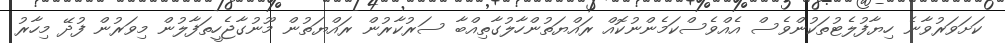
ކަށަވަރުވާނެ ހިޔާފުލެޓުތަކުންވެސް އެއްވެސްކަމެންނުކޮއް ރައްޔަތުންހާލުގާތިއްބާ ސަރުކާރުން ރައްޔަތުން މޫނުގާޖެހީތަފާލުން މިވަރުން ފުދޭ މިހާރު